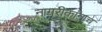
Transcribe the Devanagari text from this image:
नागरीकांनाच